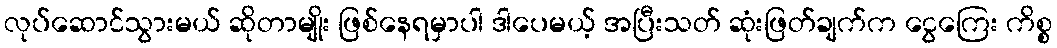
လုပ်ဆောင်သွားမယ် ဆိုတာမျိုး ဖြစ်နေရမှာပါ ဒါပေမယ့် အပြီးသတ် ဆုံးဖြတ်ချက်က ငွေကြေး ကိစ္စ